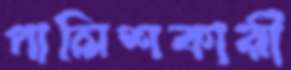
পালিশকারী